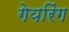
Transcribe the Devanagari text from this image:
गेयरिंग